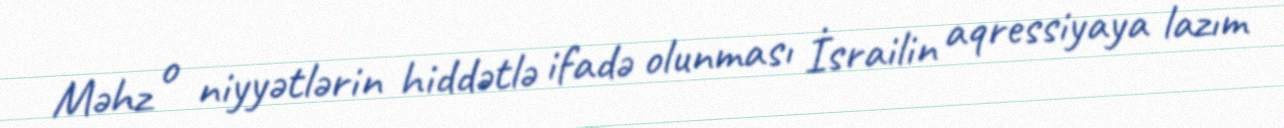
Məhz o niyyətlərin hiddətlə ifadə olunması İsrailin aqressiyaya lazım